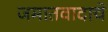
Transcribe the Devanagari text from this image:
जमातवादाचे